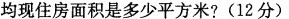
均现住房面积是多少平方米?(12分）